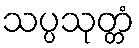
သပ္ပသုတ္တံ